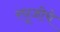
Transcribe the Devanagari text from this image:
रघूजीचे